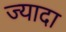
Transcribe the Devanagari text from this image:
ज्यादा